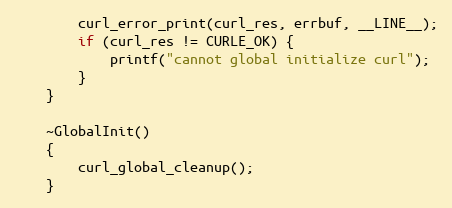
Language: C++
		curl_error_print(curl_res, errbuf, __LINE__);
		if (curl_res != CURLE_OK) {
			printf("cannot global initialize curl");
		}
	}

	~GlobalInit()
	{
		curl_global_cleanup();
	}